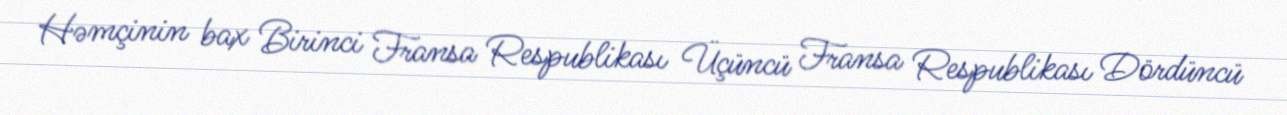
Həmçinin bax Birinci Fransa Respublikası Üçüncü Fransa Respublikası Dördüncü